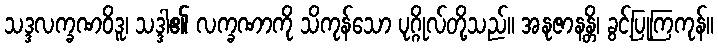
သဒ္ဒလက္ခဏဝိဒူ၊ သဒ္ဒါ၏ လက္ခဏာကို သိကုန်သော ပုဂ္ဂိုလ်တို့သည်။ အနုဇာနန္တိ၊ ခွင့်ပြုကြကုန်။